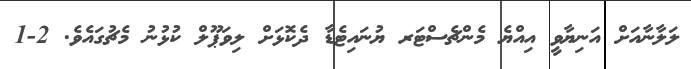
ލަލާނާއަށް އަނިޔާވީ އިއްޔެ މެންޗެސްޓަރ ޔުނައިޓެޑާ ދެކޮޅަށް ލިވަޕޫލް ކުޅުނު މެޗުގައެވެ. 2-1